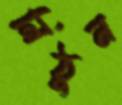
নিঠুন